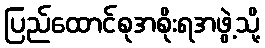
ပြည်ထောင်စုအစိုးရအဖွဲ့သို့